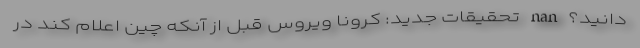
دانید؟ nan تحقیقات جدید: کرونا ویروس قبل از آنکه چین اعلام کند در